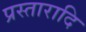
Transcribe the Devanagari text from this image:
प्रस्तारादि